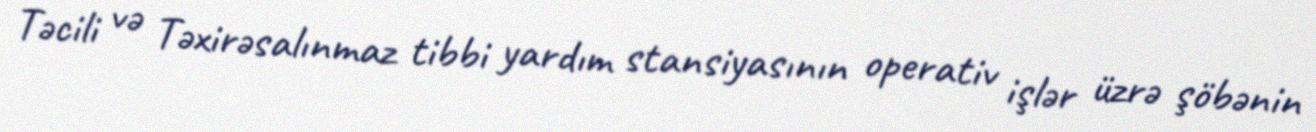
Təcili və Təxirəsalınmaz tibbi yardım stansiyasının operativ işlər üzrə şöbənin